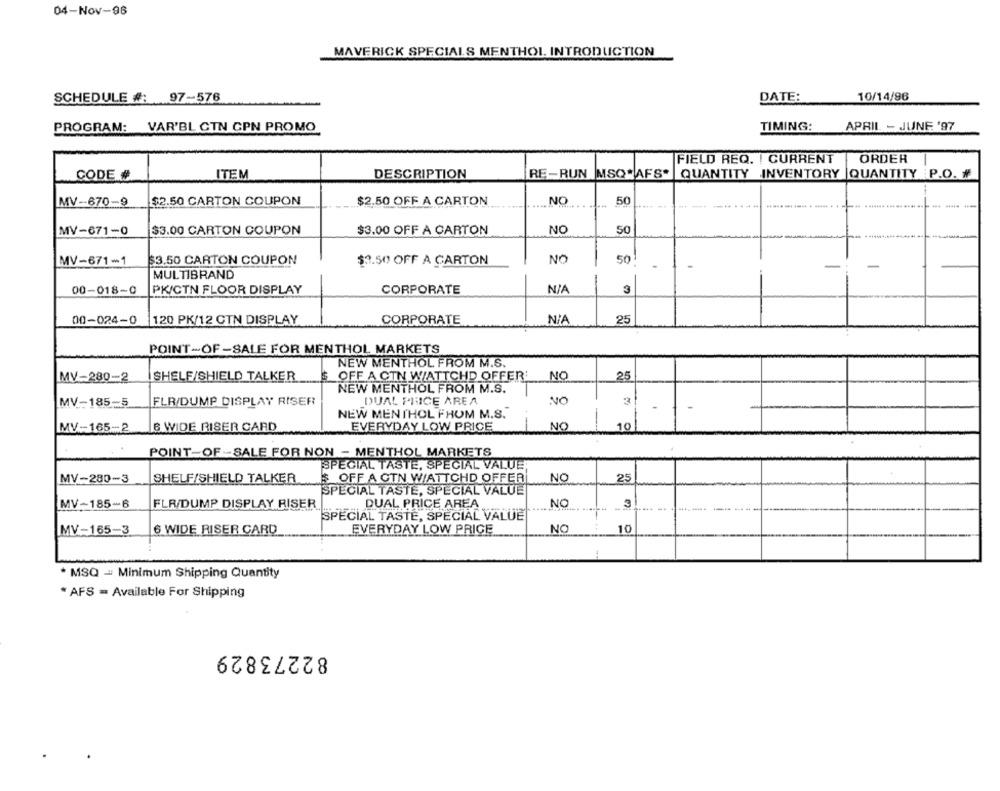
04-Nov-98
MAVERICK SPECIALS MENTHOL INTRODUCTION
SCHEDULE #: 97-576
DATE:
10/14/96
PROGRAM: VAR'BL CTN CPN PROMO
TIMING:
APRIL - JUNE '97
FIELD REQ. ! CURRENT
ORDER
CODE #
ITEM
RE-RUN MSQ AFS.
QUANTITY INVENTORY |QUANTITY P.O. #
DESCRIPTION
NC
MV-670-9
$2.50 CARTON COUPON
$2.50 OFF A CARTON
50
NO
50
MV-671-0
$3.00 CARTON COUPON
$3.00 OFF A CARTON
MV-671-1
$3.50 CARTON COUPON
$3.50 OFF A CARTON
NO
50
-
-
MULTIBRAND
00-018-0
PKICTN FLOOR DISPLAY
CORPORATE
3
00-024-0
120 PK/12 CTN DISPLAY
CORPORATE
25
POINT-OF -SALE FOR MENTHOL MARKETS
NEW MENTHOL FROM M.S.
MV-280-2
SHELF/SHIELD TALKER
$ OFF A CTN WATTCHD OFFER'
NO
25
NEW MENTHOL FROM M.S.
MV-185-5
FLR/DUMP DISPLAY RISER
DUAL PRICE AREA
NO
3
-
NEW MENTHOL FHOM M.S.
MV -- 165-2
B WIDE RISER CARD
EVERYDAY LOW PRICE
NO
10
POINT-OF -SALE FOR NON - MENTHOL MARKETS
SPECIAL TASTE, SPECIAL VALUER
MV-280-3
SHELF/SHIELD TALKER
& OFF A GTN WIATTCHD OFFER
NO
25
SPECIAL TASTE, SPECIAL VALUE
MV-185-6
FLR/DUMP DISPLAY RISER
DUAL PRICE AREA
NO
SPECIAL TASTE, SPECIAL VALUE
MV-165-3
6 WIDE RISER CARD
EVERYDAY LOW PRICE
NO
10
MSQ - Minimum Shipping Quantity
* AFS = Available For Shipping
82273829